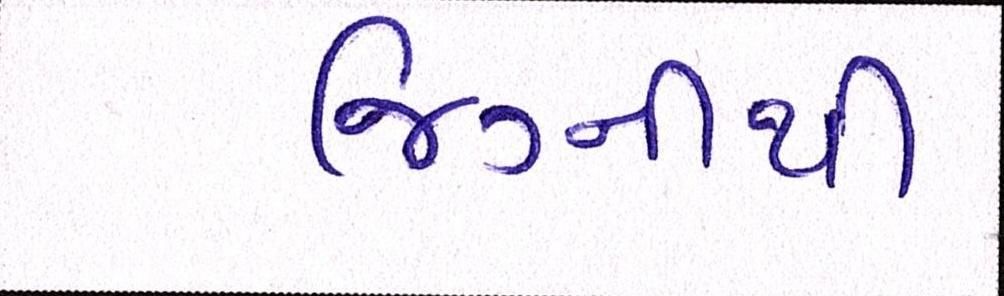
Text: જિગ્નીથી